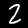
Digit: 2